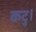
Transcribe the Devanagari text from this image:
कटु।